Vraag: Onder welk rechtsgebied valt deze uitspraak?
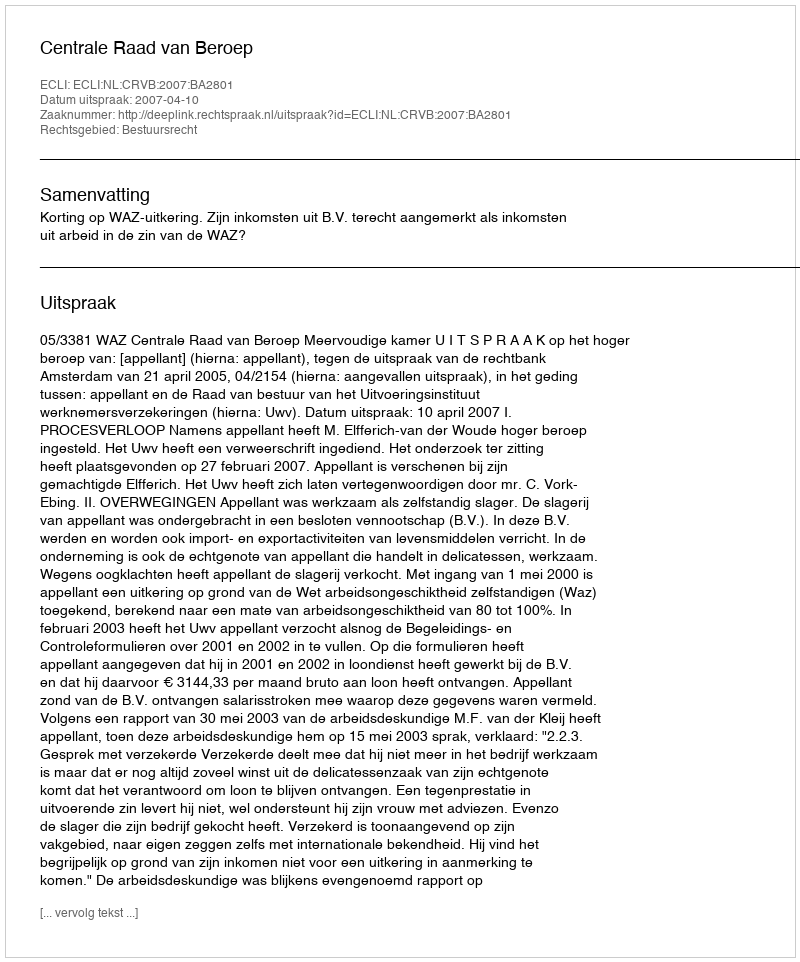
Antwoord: Bestuursrecht